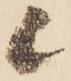
候